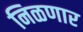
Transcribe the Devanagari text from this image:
निळणार